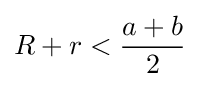
R+r<{\frac {a+b}{2}}